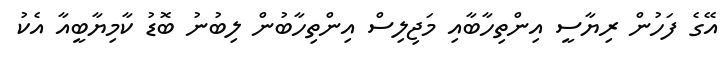
އޭގެ ފަހުން ރިޔާސީ އިންތިހާބާއި މަޖިލިސް އިންތިހާބުން ލިބުނު ބޮޑު ކާމިޔާބީއާ އެކު